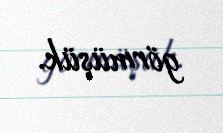
görmüşük.